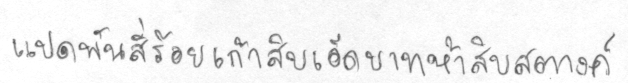
แปดพันสี่ร้อยเก้าสิบเอ็ดบาทห้าสิบสตางค์